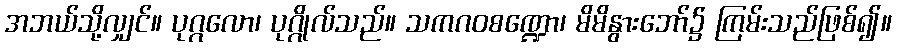
အဘယ်သို့လျှင်။ ပုဂ္ဂလော၊ ပုဂ္ဂိုလ်သည်။ သကဂဝစဏ္ဍော၊ မိမိနွားဘော်၌ ကြမ်းသည်ဖြစ်၍။